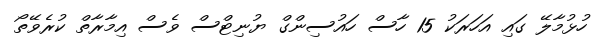
ހުޅުމާލޭ ގައި އަހަރަކު 15 ހާސް ހައުސިންގް ޔުނިޓްސް ވެސް އިމާރާތް ކުރެވޭތޯ